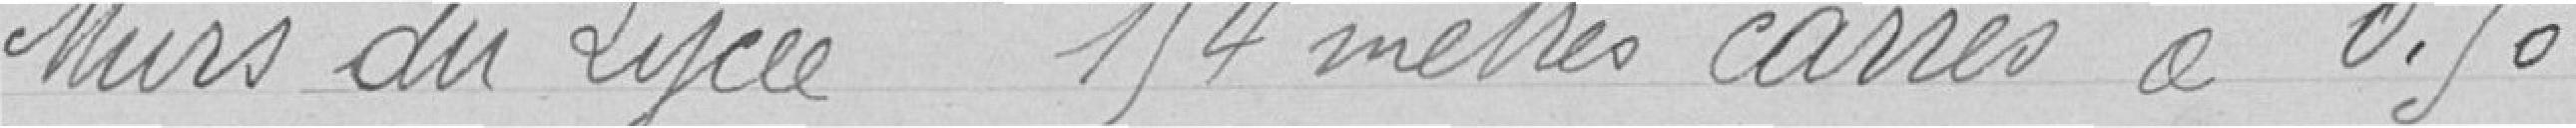
Mus du lycée 154 mètres carrés à 0. 50